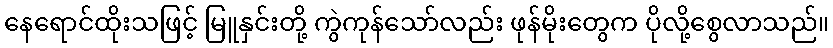
နေရောင်ထိုးသဖြင့် မြူနှင်းတို့ ကွဲကုန်သော်လည်း ဖုန်မိုးတွေက ပိုလို့စွေလာသည်။